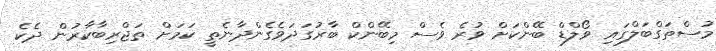
މުސްތަގްބަލްގައި ވޯލްޑް ބޭންކަށް ވުރެ ވެސް މިބޭންކް ބާރުގަދަވެގެންދާނެތީ ކަމަށް ތަޖްރިބާކާރުން ދެކެ